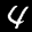
Label: 4